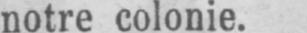
notre colonie.